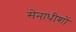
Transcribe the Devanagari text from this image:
सेनाधीशों